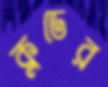
ক্লডের